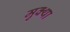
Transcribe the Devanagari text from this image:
मुक्था